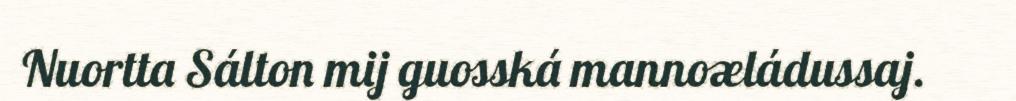
Nuortta Sálton mij guosská mannoæládussaj.